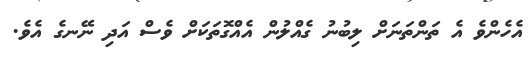
އެހެންވެ އެ ތަންތަނަށް ލިބުނު ގެއްލުން އެއްގޮތަކަށް ވެސް އަދި ނޭނގެ އެވެ.